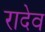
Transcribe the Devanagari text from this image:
रादेव